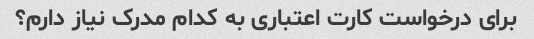
برای درخواست کارت اعتباری به کدام مدرک نیاز دارم؟